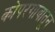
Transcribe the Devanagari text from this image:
कोपरगावातून